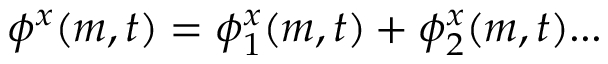
\phi ^ { x } ( m , t ) = \phi _ { 1 } ^ { x } ( m , t ) + \phi _ { 2 } ^ { x } ( m , t ) . . .